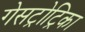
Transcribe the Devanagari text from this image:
गेसट्रोट्रिका